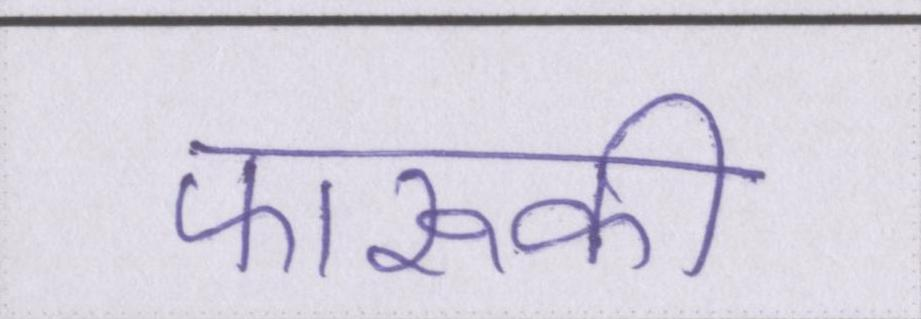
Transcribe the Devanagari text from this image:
फारूकी